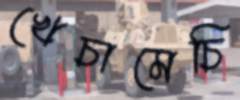
খেচামেচি